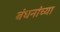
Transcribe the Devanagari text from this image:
बंधनांच्या